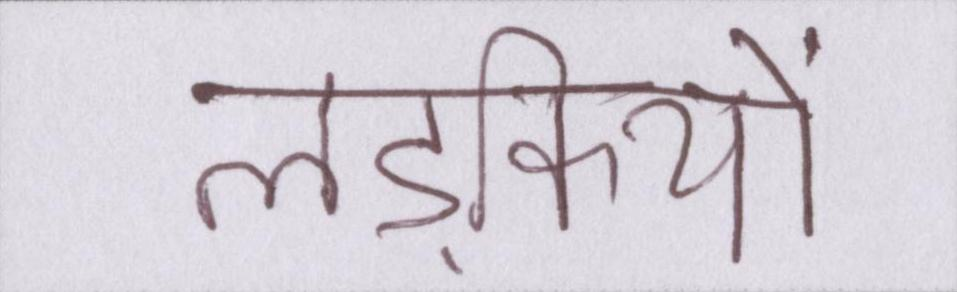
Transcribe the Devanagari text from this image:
लड़कियों